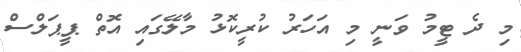
މި ދެ ޓީމު ވަނީ މި އަހަރު ކުރީކޮޅު މާލޭގައި އޮތް ޕީޕަލްސް